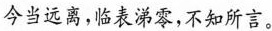
今当远离，临表涕零，不知所言。